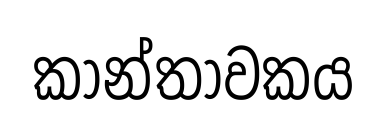
කාන්තාවකය